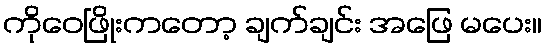
ကိုဝေဖြိုးကတော့ ချက်ချင်း အဖြေ မပေး။